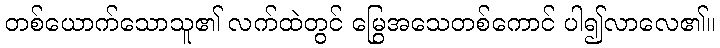
တစ်ယောက်သောသူ၏ လက်ထဲတွင် မြွေအသေတစ်ကောင် ပါ၍လာလေ၏။